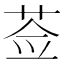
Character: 莶